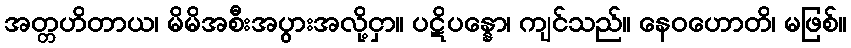
အတ္တဟိတာယ၊ မိမိအစီးအပွားအလို့ငှာ။ ပဋိပန္နော၊ ကျင်သည်။ နေဝဟောတိ၊ မဖြစ်။